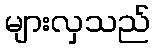
များလှသည်